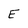
Character: E